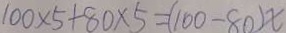
1 0 0 \times 5 + 8 0 \times 5 = ( 1 0 0 - 8 0 ) x